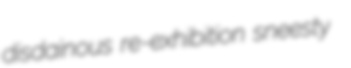
disdainous re-exhibition sneesty